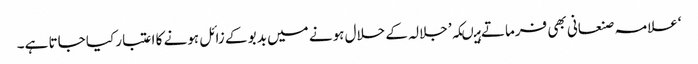
‘علامہ صنعانی بھی فرماتے ہیںکہ’ جلالہ کے حلال ہونے میں بدبو کے زائل ہونے کا اعتبار کیا جاتا ہے۔